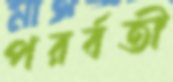
পরর্বতী